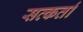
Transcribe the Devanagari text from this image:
सत्कर्ता